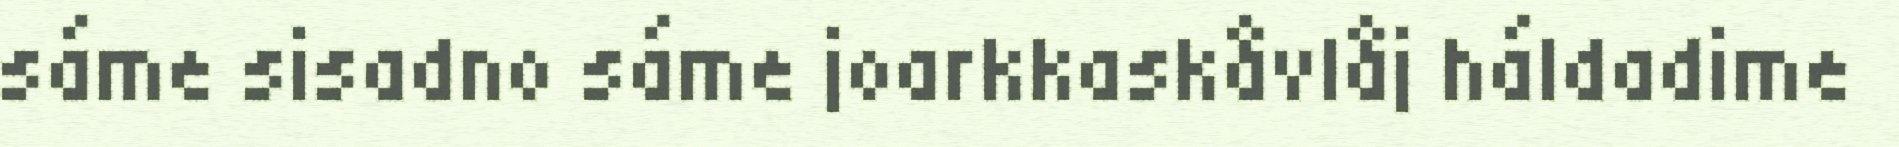
sáme sisadno sáme joarkkaskåvlåj háldadime